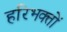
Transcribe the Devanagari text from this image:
हरिभक्तों